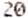
20